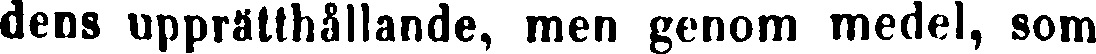
dens upprätthållande, men genom medel, som